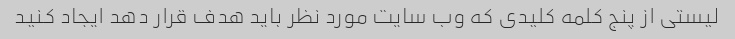
لیستی از پنج کلمه کلیدی که وب سایت مورد نظر باید هدف قرار دهد ایجاد کنید